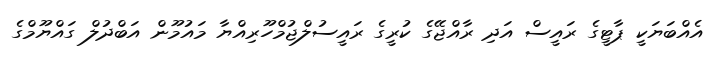
އެއްބަޔަކީ ޕާޓީގެ ރައީސް އަދި ރާއްޖޭގެ ކުރީގެ ރައީސުލްޖުމްހޫރިއްޔާ މައުމޫން އަބްދުލް ގައްޔޫމްގެ